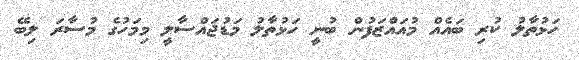
ހަޅުތާލު ކުރި ބައެއް މުއައްޒަފުން ބުނީ ހަޅުތާލު މަޑުޖައްސާލީ މިމަހުގެ މުސާރަ ލިބޭ